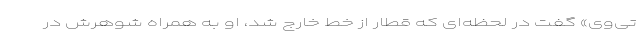
تی‌وی» گفت در لحظه‌ای که قطار از خط خارج شد، او به همراه شوهرش در